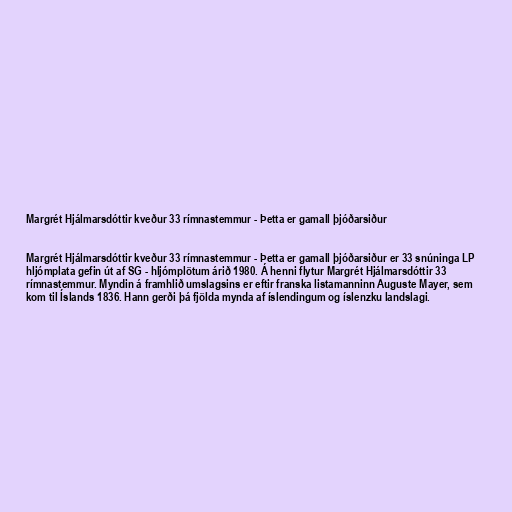
Margrét Hjálmarsdóttir kveður 33 rímnastemmur - Þetta er gamall þjóðarsiður

Margrét Hjálmarsdóttir kveður 33 rímnastemmur - Þetta er gamall þjóðarsiður er 33 snúninga LP
hljómplata gefin út af SG - hljómplötum árið 1980. Á henni flytur Margrét Hjálmarsdóttir 33
rímnastemmur. Myndin á framhlið umslagsins er eftir franska listamanninn Auguste Mayer, sem
kom til Íslands 1836. Hann gerði þá fjölda mynda af íslendingum og íslenzku landslagi.